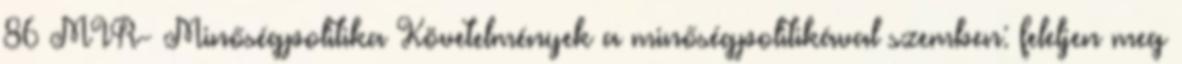
86 MIR- Minőségpolitika Követelmények a minőségpolitikával szemben: feleljen meg